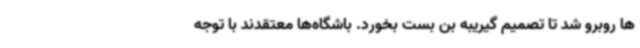
ها روبرو شد تا تصمیم گیریبه بن بست بخورد. باشگاه‌ها معتقدند با توجه